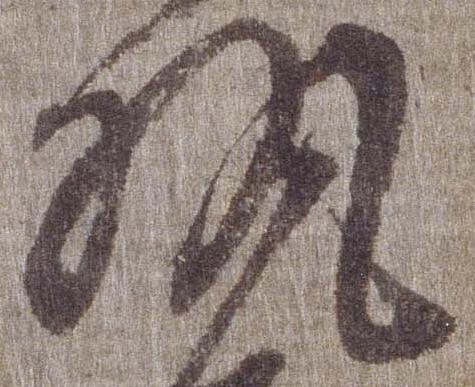
執